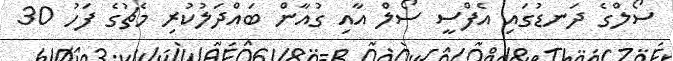
ސޯލްގެ ދަނޑުގައި އެފްސީ ސޯލް އާއި ގުއާން ބައްދަލުކުރި މެޗުގެ ފަހު 30